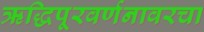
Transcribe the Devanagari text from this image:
ऋद्धिपूरवर्णनावरचा